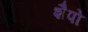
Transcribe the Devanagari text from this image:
शैपो